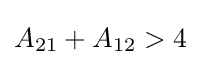
A_{21}+A_{12}>4